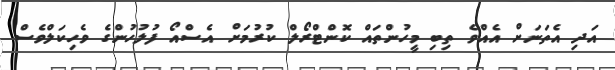
އަދި އެތަނަށް އެއްވެ ތިބި މީހުންތައް ކޮންޓްރޯލް ކުރުމަށް އެސްއޯ ފުލުހުންގެ ވެހިކަލްވެސް